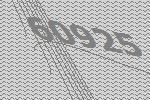
60925